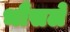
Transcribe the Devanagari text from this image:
भौंसले